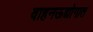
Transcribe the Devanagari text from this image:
वाहनऊद्योगात